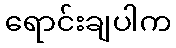
ရောင်းချပါက